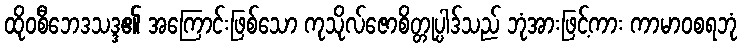
ထိုဝစီဘေဒသဒ္ဒ၏ အကြောင်းဖြစ်သော ကုသိုလ်ဇောစိတ္တုပ္ပါဒ်သည် ဘုံအားဖြင့်ကား ကာမာဝစရဘုံ